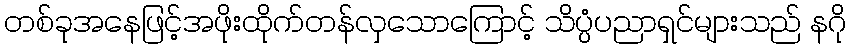
တစ်ခုအနေဖြင့်အဖိုးထိုက်တန်လှသောကြောင့် သိပ္ပံပညာရှင်များသည် နဂို